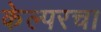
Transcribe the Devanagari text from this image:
केल्परचा